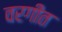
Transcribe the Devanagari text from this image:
वरगीत